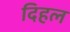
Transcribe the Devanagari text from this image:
दिहल